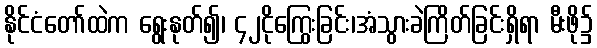
နိုင်ငံတော်ထဲက ရွေးနုတ်၍၊ ၄၂ငိုကြွေးခြင်း၊အံသွားခဲကြိတ်ခြင်းရှိရာ မီးဖို၌